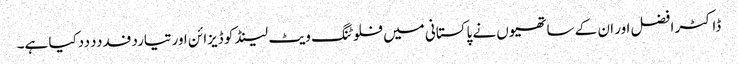
ڈاکٹر افضل اور ان کے ساتھیوں نے پاکستانی میں فلوٹنگ ویٹ لینڈ کو ڈیزائن اورتیاردفدددددکیا ہے۔